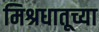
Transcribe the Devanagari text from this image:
मिश्रधातूच्या